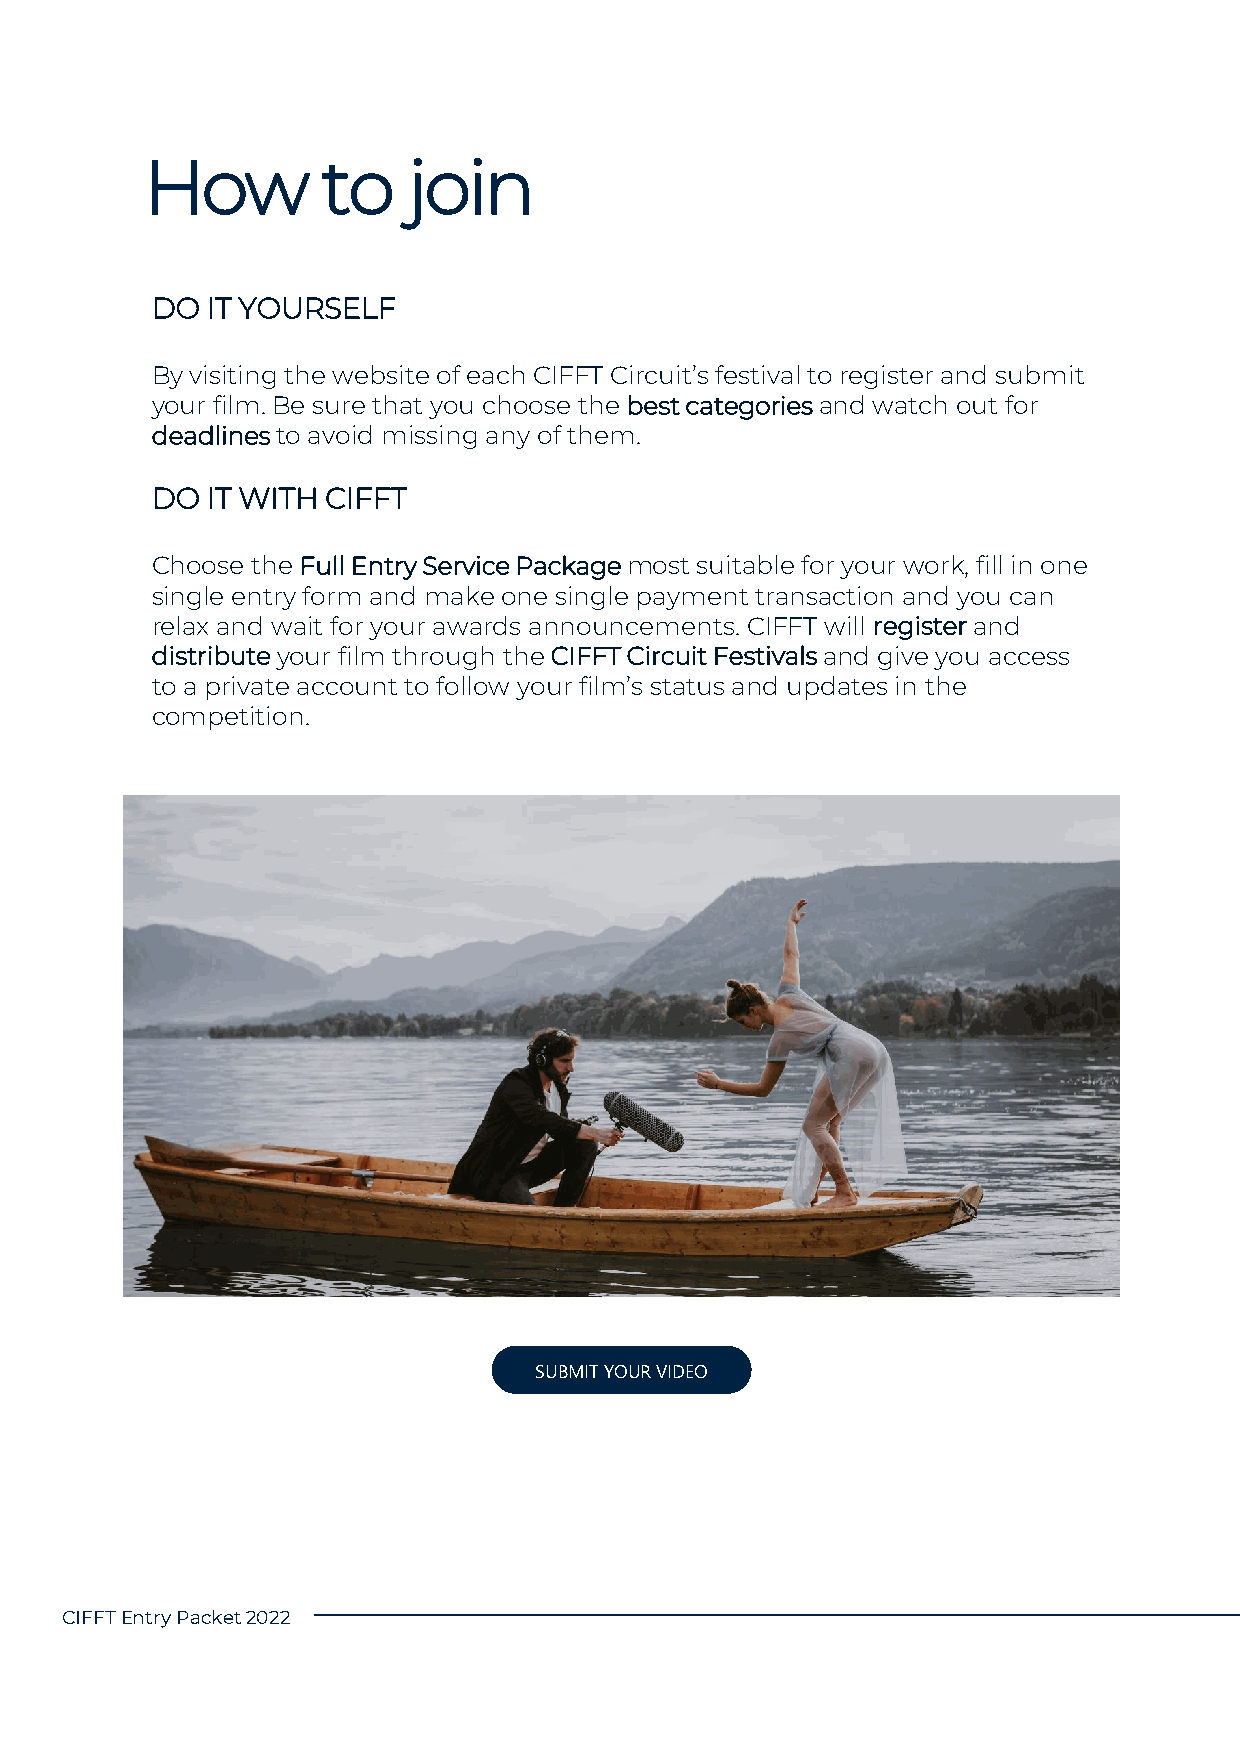
How        to    join
 DO  IT YOURSELF
 By visiting the website of each CIFFT Circuit’s festival to register and submit
 your film. Be sure that you choose the best categories and watch out for
 deadlinesto avoid missing any of them.
 DO  IT WITH CIFFT
 Choose the Full Entry Service Package most suitable for your work, fill in one
 single entry form and make one single payment transaction and you can
 relax and wait for your awards announcements. CIFFT will registerand
 distributeyour film through the CIFFT Circuit Festivals and give you access
 to a private account to follow your film’s status and updates in the
 competition.
 SUBMIT YOUR VIDEO
 CIFFT EntryPacket2022